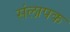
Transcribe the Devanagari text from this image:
संलापक